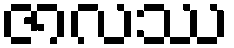
ဇာလဿ